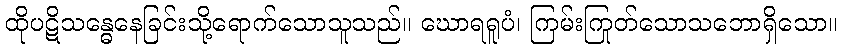
ထိုပဋိသန္ဓေနေခြင်းသို့ရောက်သောသူသည်။ ဃောရရူပံ၊ ကြမ်းကြုတ်သောသဘောရှိသော။